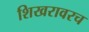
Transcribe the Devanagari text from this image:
शिखरावरच